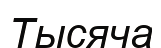
Тысяча